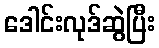
ဒေါင်းလုဒ်ဆွဲပြီး